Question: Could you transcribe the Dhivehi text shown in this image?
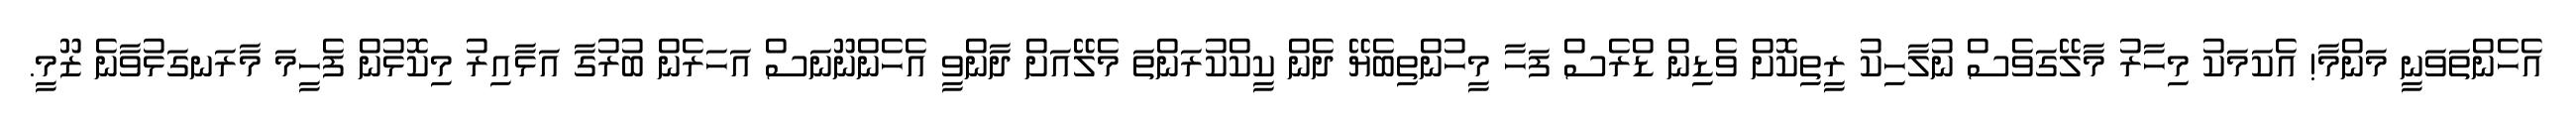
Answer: އެހެންތަވަނީ މަންމާ! އެކަމަކު މިހާރު މާލޭގަވެސް ނުލާހިކު ރީތިކޮށް ވެޑިން ޑްރެސް ފަހާ މީހުންތިބެޔޭ ދެން ކީކްކުރަންތަ މެލޭއަށް ދާންވީ އެހެންނޫނަސް އަހަރެން ބުރުގާ އަޅާއިރު މިކޮޅުން ފެހީމަ މާރަނގަޅުވާނެ ޒޫމީ.